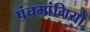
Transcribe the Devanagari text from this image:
पंचमांगियों